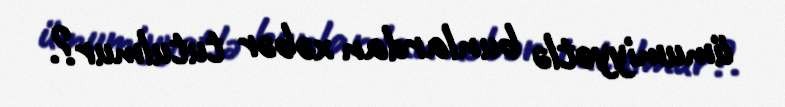
ümumiyyətlə bunlardan xəbər tutulmur?.